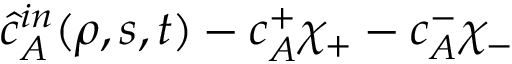
\hat { c } _ { A } ^ { i n } ( \rho , s , t ) - c _ { A } ^ { + } \chi _ { + } - c _ { A } ^ { - } \chi _ { - }